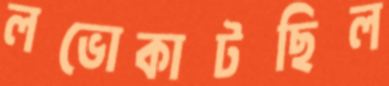
লভোকাটছিল